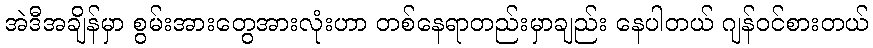
အဲဒီအချိန်မှာ စွမ်းအားတွေအားလုံးဟာ တစ်နေရာတည်းမှာချည်း နေပါတယ် ဂျန်ဝင်စားတယ်